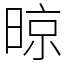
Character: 晾